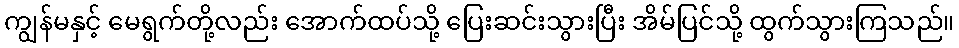
ကျွန်မနှင့် မေရွက်တို့လည်း အောက်ထပ်သို့ ပြေးဆင်းသွားပြီး အိမ်ပြင်သို့ ထွက်သွားကြသည်။